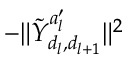
- \| \tilde { Y } _ { d _ { l } , d _ { l + 1 } } ^ { a _ { l } ^ { \prime } } \| ^ { 2 }